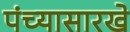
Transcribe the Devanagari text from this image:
पंच्यासारखे